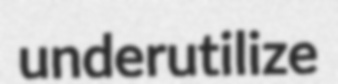
underutilize